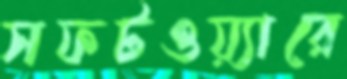
সফটওয়্যারে